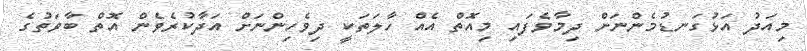
މިއަދު އަޅުގަނޑުމެންނަށް ދިމާވެފައި މިއޮތް އެއް ހާލަތަކީ ދިވެހިންނަށް އަދާކުރެވެން އޮތް ބާވަތުގެ